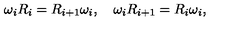
\omega _ { i } R _ { i } = R _ { i + 1 } \omega _ { i } , \quad \omega _ { i } R _ { i + 1 } = R _ { i } \omega _ { i } ,